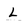
Character: L